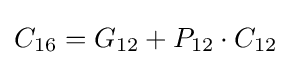
C_{16}=G_{12}+P_{12}\cdot C_{12}